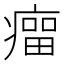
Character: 𰣾